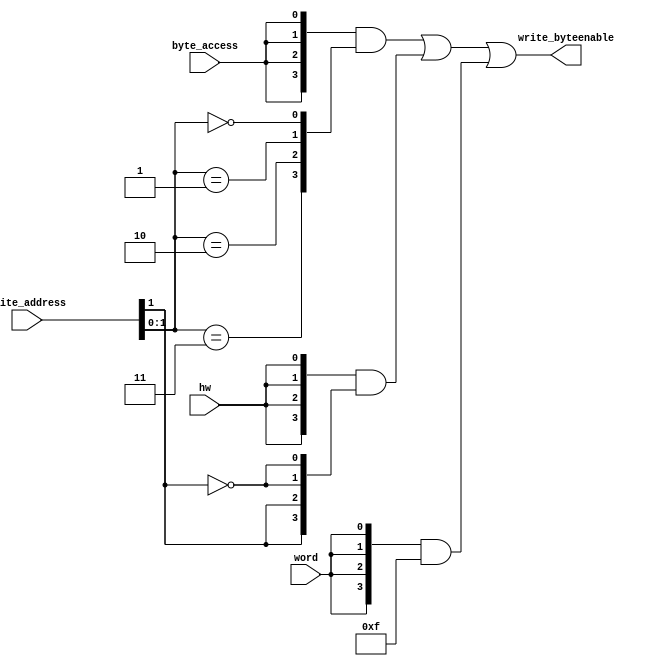
module soc_design_dma_0_byteenables (
                                       byte_access,
                                       hw,
                                       word,
                                       write_address,
                                       write_byteenable
                                    )
;
  output  [  3: 0] write_byteenable;
  input            byte_access;
  input            hw;
  input            word;
  input   [ 10: 0] write_address;
  wire             wa_1_is_0;
  wire             wa_1_is_1;
  wire             wa_1_to_0_is_0;
  wire             wa_1_to_0_is_1;
  wire             wa_1_to_0_is_2;
  wire             wa_1_to_0_is_3;
  wire    [  3: 0] write_byteenable;
  assign wa_1_to_0_is_3 = write_address[1 : 0] == 2'h3;
  assign wa_1_to_0_is_2 = write_address[1 : 0] == 2'h2;
  assign wa_1_to_0_is_1 = write_address[1 : 0] == 2'h1;
  assign wa_1_to_0_is_0 = write_address[1 : 0] == 2'h0;
  assign wa_1_is_1 = write_address[1] == 1'h1;
  assign wa_1_is_0 = write_address[1] == 1'h0;
  assign write_byteenable = ({4 {byte_access}} & {wa_1_to_0_is_3, wa_1_to_0_is_2, wa_1_to_0_is_1, wa_1_to_0_is_0}) |
    ({4 {hw}} & {wa_1_is_1, wa_1_is_1, wa_1_is_0, wa_1_is_0}) |
    ({4 {word}} & 4'b1111);
endmodule